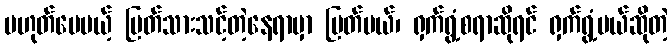
မဟုတ်ပေမယ့် ပြတ်သားသင့်တဲ့နေရာမှာ ပြတ်မယ်၊ ရှက်ရွံ့စရာဆိုရင် ရှက်ရွံ့မယ်ဆိုတဲ့